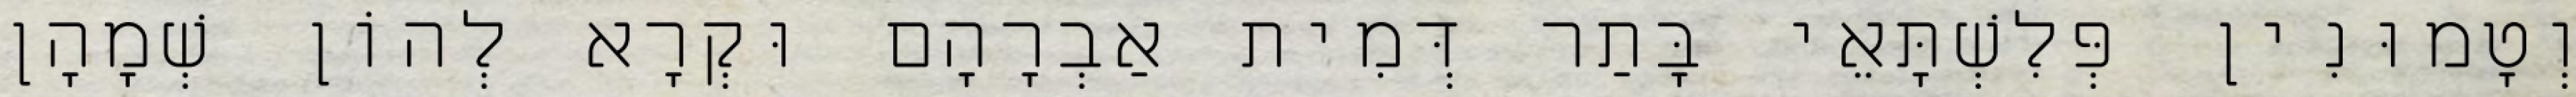
וְטָמוּנִין פְּלִשְׁתָּאֵי בָּתַר דְּמִית אַבְרָהָם וּקְרָא לְהוֹן שְׁמָהָן